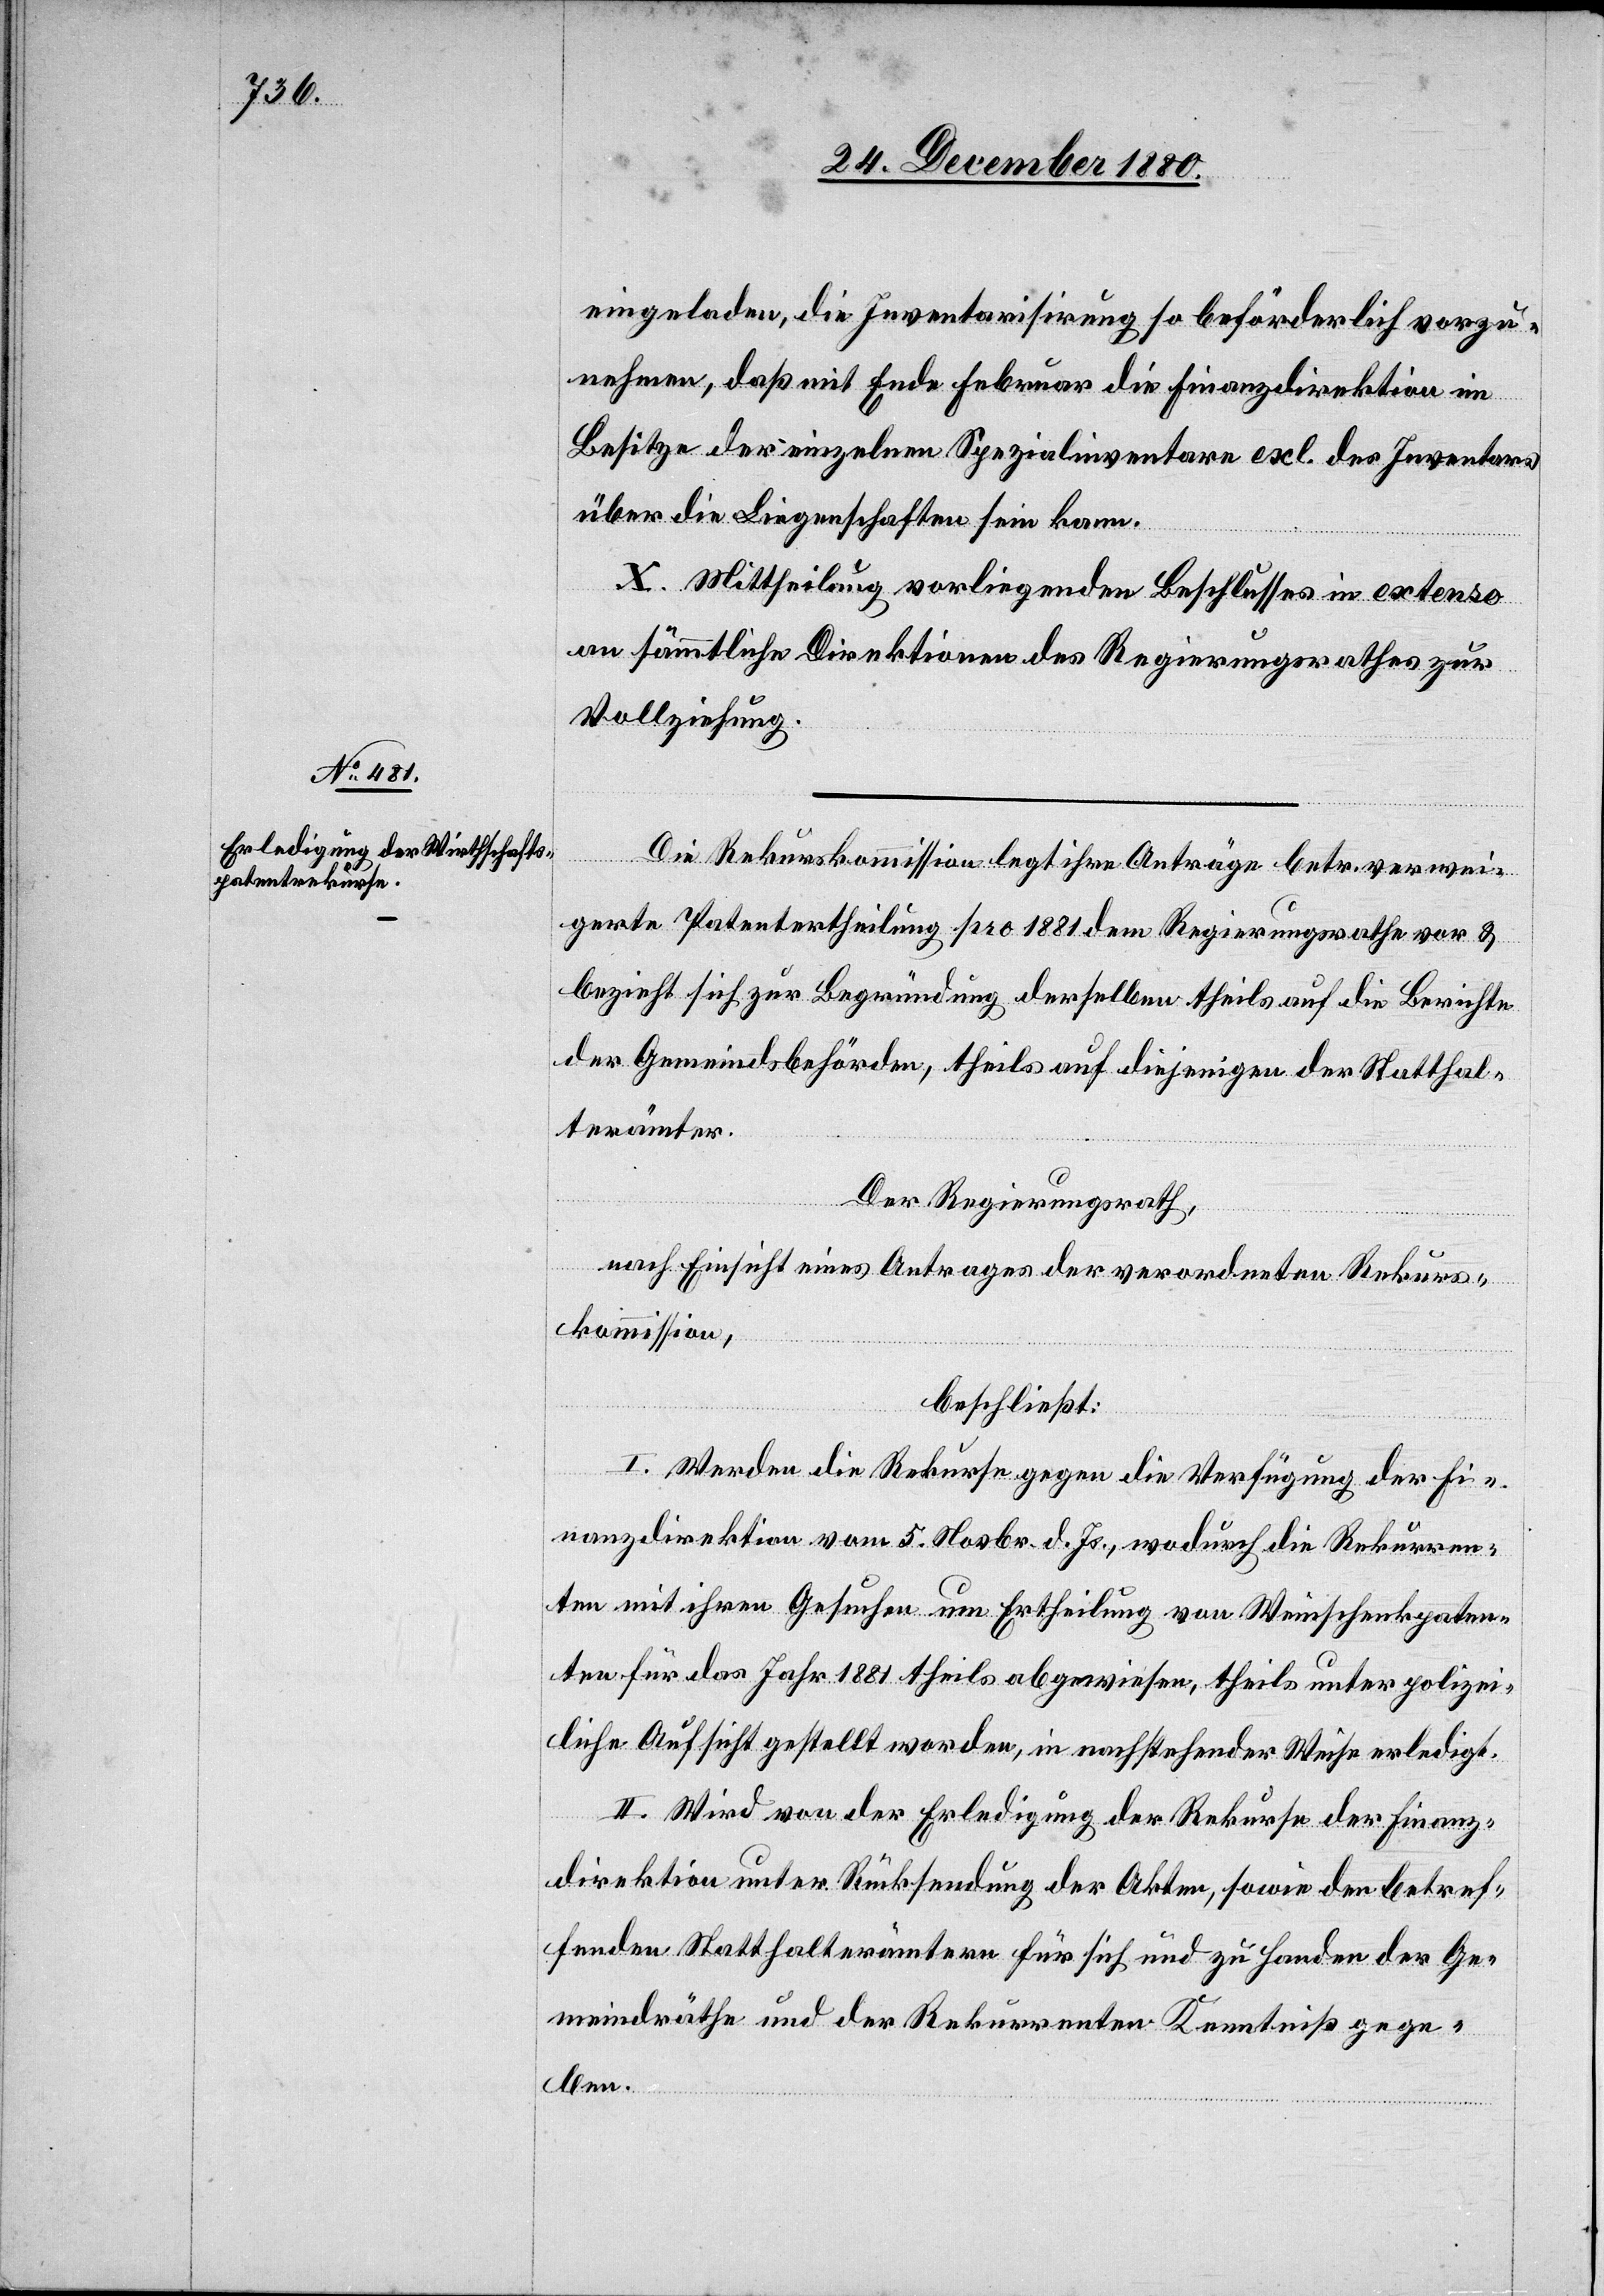
Die Rekurskommission legt ihre Anträge betr. verwei¬
gerte Patentertheilung pro 1881 dem Regierungsrathe vor &
bezieht sich zur Begründung derselben theils auf die Berichte
der Gemeindsbehörden, theils auf diejenigen der Statthal¬
terämter.
Der Regierungsrath,
nach Einsicht eines Antrages der verordneten Rekurs¬
kommission,
beschließt:
I. Werden die Rekurse gegen die Verfügung der Fi¬
nanzdirektion vom 5. Novbr. d. Js., wodurch die Rekurren¬
ten mit ihren Gesuchen um Ertheilung von Weinschenkpaten¬
ten für das Jahr 1881 theils abgewiesen, theils unter polizei¬
liche Aufsicht gestellt worden, in nachstehender Weise erledigt.
II. Wird von der Erledigung der Rekurse der Finanz¬
direktion unter Rücksendung der Akten, sowie den betref¬
fenden Statthalterämtern für sich und zu Handen der Ge¬
meindräthe und der Rekurrenten Kenntniß gege¬
ben.